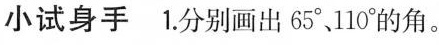
小试身手 1.分别画出65°、110°的角。